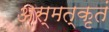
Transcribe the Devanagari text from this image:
अस्मत्कृतं